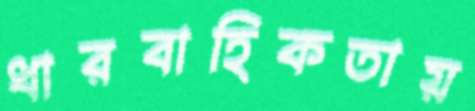
ধারবাহিকতায়